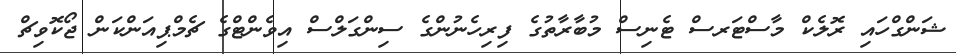
ޝަންގްހައި ރޮލެކް މާސްޓަރސް ޓެނިސް މުބާރާތުގެ ފިރިހެނުންގެ ސިންގަލްސް އިވެންޓްގެ ޗެމްޕިއަންކަން ޖޯކޮވިޗް